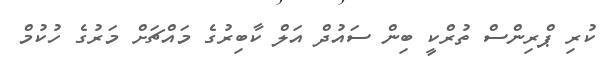
ކުރި ޕްރިންސް ތުރްކީ ބިން ސައުދް އަލް ކާބިރުގެ މައްޗަށް މަރުގެ ހުކުމް